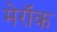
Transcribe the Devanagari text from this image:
मेरॉक